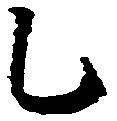
乙